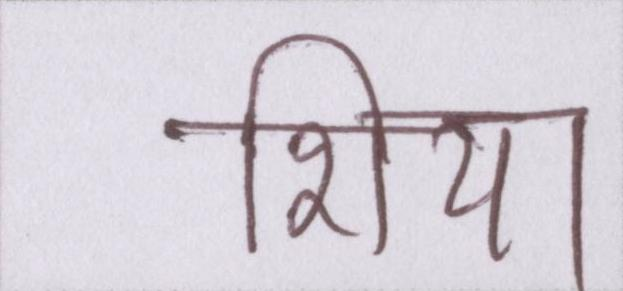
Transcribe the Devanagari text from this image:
शिया